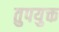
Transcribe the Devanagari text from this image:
तुपयुक्त